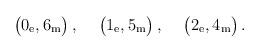
LaTeX: \begin{align*}\bigl( 0_{\rm e}, 6_{\rm m}\bigr)\, ,\hskip .5truecm\bigl(1_{\rm e}, 5_{\rm m}\bigr)\, , \hskip .5truecm\bigl(2_{\rm e}, 4_{\rm m}\bigr)\, .\end{align*}